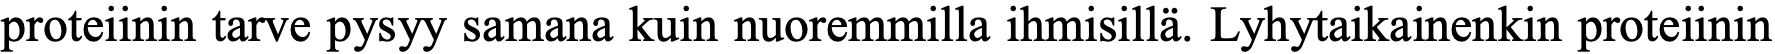
proteiinin tarve pysyy samana kuin nuoremmilla ihmisillä. Lyhytaikainenkin proteiinin